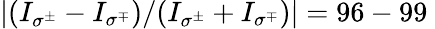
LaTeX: |(I_{\sigma^{\pm}}-I_{\sigma^{\mp}})/(I_{\sigma^{\pm}}+I_{\sigma^{\mp}})|=96-99\